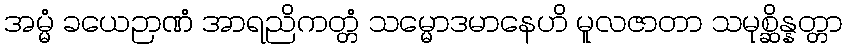
အမ္မံ ခယေဉာဏံ အာရညိကတ္တံ သမ္မောဒမာနေဟိ မူလဇာတာ သမုစ္ဆိန္နတ္တာ